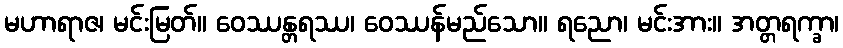
မဟာရာဇ၊ မင်းမြတ်။ ဝေဿန္တရဿ၊ ဝေဿန်မည်သော။ ရညော၊ မင်းအား။ အတ္တရက္ခာ၊